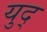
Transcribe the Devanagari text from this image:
युद्